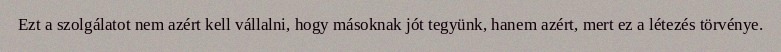
Ezt a szolgálatot nem azért kell vállalni, hogy másoknak jót tegyünk, hanem azért, mert ez a létezés törvénye.